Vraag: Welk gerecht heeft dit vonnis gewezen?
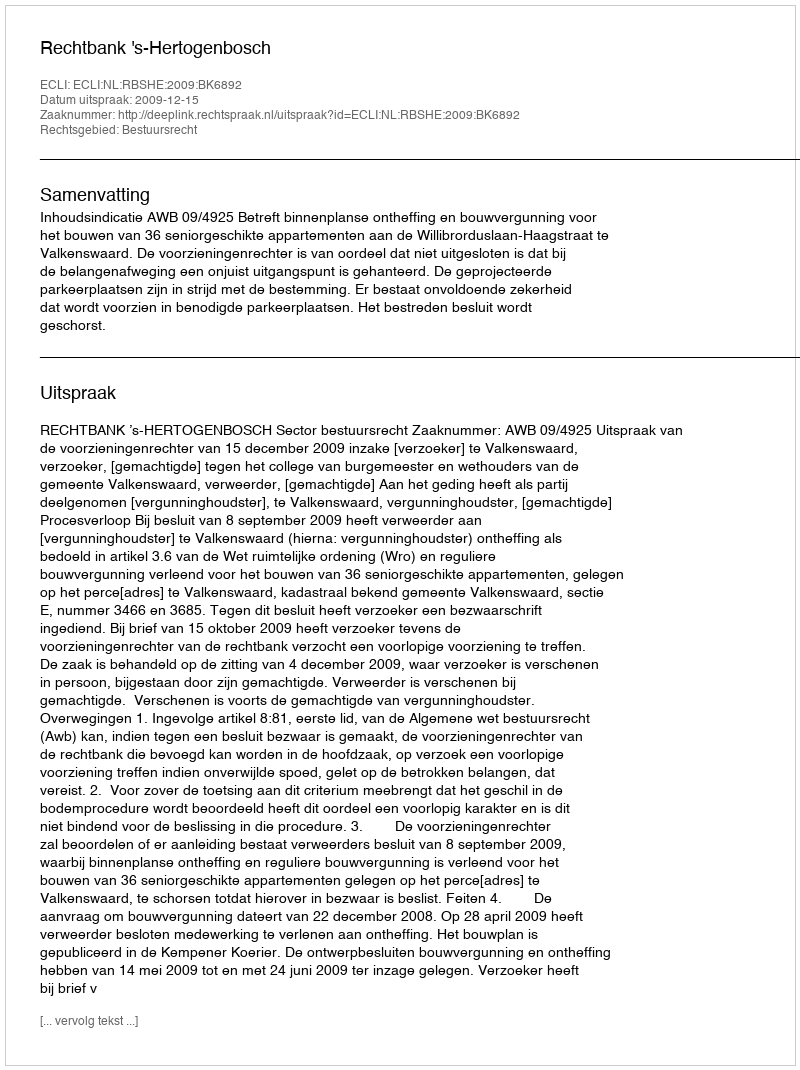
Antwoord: Rechtbank 's-Hertogenbosch